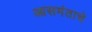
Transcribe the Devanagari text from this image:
आसमंताचे